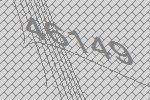
46149